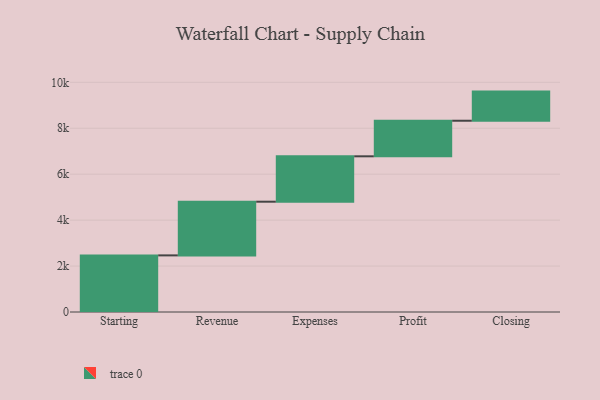
{"axis": {"x": "Step", "y": "Value"}, "legend": [""], "data": [{"x": "Starting", "y": 2465.0, "type": ""}, {"x": "Revenue", "y": 2337.0, "type": ""}, {"x": "Expenses", "y": 1976.0, "type": ""}, {"x": "Profit", "y": 1549.0, "type": ""}, {"x": "Closing", "y": 1268.0, "type": ""}]}